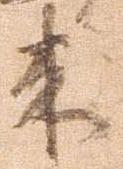
来